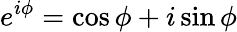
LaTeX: e^{i\phi}=\cos\phi+i\sin\phi